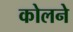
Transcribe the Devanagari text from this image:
कोलने